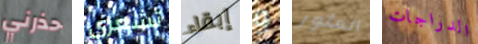
حذرني تشعري إبقاء و العثور الدراجات